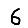
Digit: 6